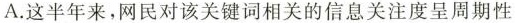
A. 这半年来，网民对该关键词相关的信息关注度呈周期性